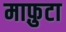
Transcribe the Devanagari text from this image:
माफ़ुटा